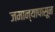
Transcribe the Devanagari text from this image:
जमान्यापासून